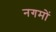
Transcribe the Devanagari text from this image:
नगमों